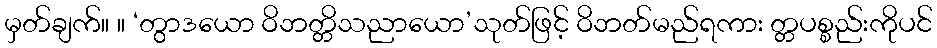
မှတ်ချက်။ ။ ‘တွာဒယော ဝိဘတ္တိသညာယော’သုတ်ဖြင့် ဝိဘတ်မည်ရကား တ္တပစ္စည်းကိုပင်